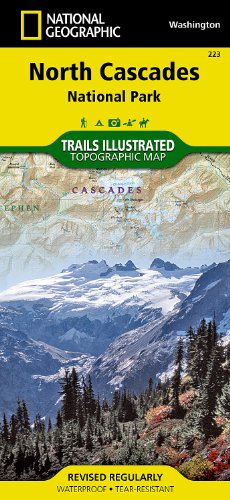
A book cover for North Cascades National Park (National Geographic Trails Illustrated Map); National Geographic Maps - Trails Illustrated; Travel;